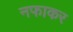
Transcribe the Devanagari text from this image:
नफाकर